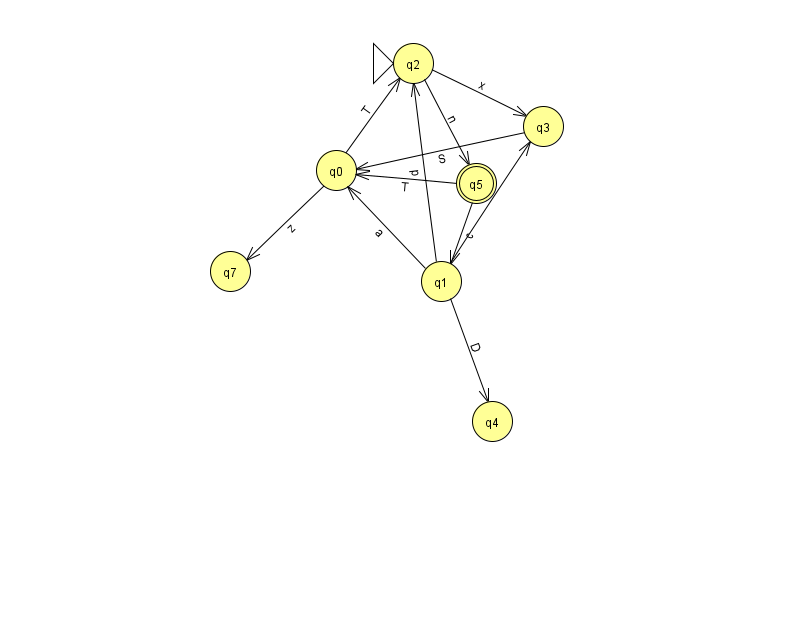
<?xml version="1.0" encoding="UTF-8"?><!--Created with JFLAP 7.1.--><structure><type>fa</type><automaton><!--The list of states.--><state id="0" name="q0"><x>336.0</x><y>157.0</y></state><state id="1" name="q1"><x>441.0</x><y>268.0</y></state><state id="2" name="q2"><x>413.0</x><y>50.0</y><initial/></state><state id="3" name="q3"><x>543.0</x><y>113.0</y></state><state id="4" name="q4"><x>492.0</x><y>408.0</y></state><state id="5" name="q5"><x>476.0</x><y>170.0</y><final/></state><state id="7" name="q7"><x>230.0</x><y>258.0</y></state><!--The list of transitions.--><transition><from>0</from><to>7</to><read>z</read></transition><transition><from>1</from><to>3</to><read>V</read></transition><transition><from>2</from><to>5</to><read>n</read></transition><transition><from>5</from><to>1</to><read>c</read></transition><transition><from>1</from><to>0</to><read>a</read></transition><transition><from>2</from><to>3</to><read>x</read></transition><transition><from>5</from><to>0</to><read>T</read></transition><transition><from>1</from><to>4</to><read>D</read></transition><transition><from>3</from><to>0</to><read>S</read></transition><transition><from>0</from><to>2</to><read>T</read></transition><transition><from>1</from><to>2</to><read>p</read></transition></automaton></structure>